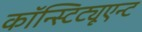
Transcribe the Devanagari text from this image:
कॉन्स्टिट्यूएन्ट